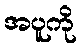
အပူကို